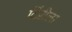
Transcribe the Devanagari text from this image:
दिंडीला